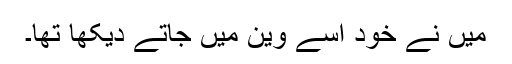
میں نے خود اسے وین میں جاتے دیکھا تھا۔